Scottish Certificate of Education, 1962
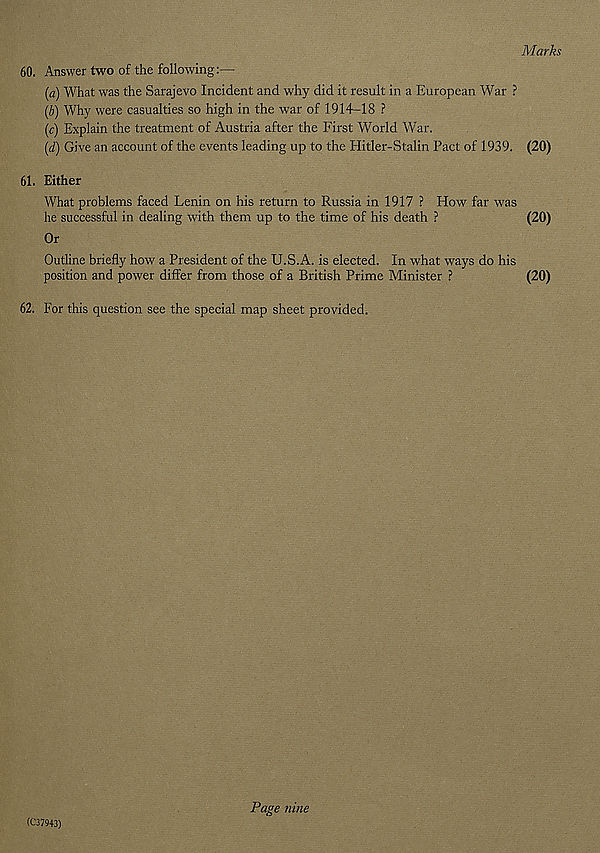
Marks
60. Answer two of the following:—
(а) What was the Sarajevo Incident and why did it result in a European War ?
(б) Why were casualties so high in the war of 1914-18 ?
(c) Explain the treatment of Austria after the First World War.
(d) Give an account of the events leading up to the Hitler-Stalin Pact of 1939. (20)
61. Either
What problems faced Lenin on his return to Russia in 1917 ? How far was
he successful in dealing with them up to the time of his death ?
(20)
Or
Outline briefly how a President of the U.S.A. is elected. In what ways do his
position and power differ from those of a British Prime Minister ?
(20)
62. For this question see the special map sheet provided.
(C37943)
Page nine